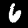
Label: 6